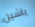
ياشين